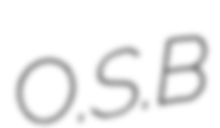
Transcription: O.S.B